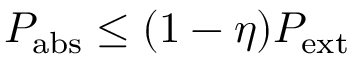
P _ { \mathrm { a b s } } \leq ( 1 - \eta ) P _ { \mathrm { e x t } }